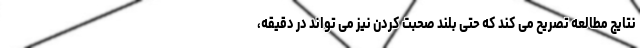
نتایج مطالعه تصریح می کند که حتی بلند صحبت کردن نیز می تواند در دقیقه،